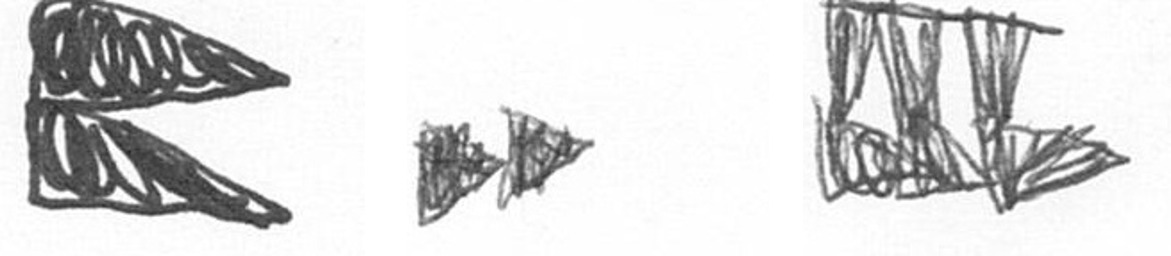
P A D